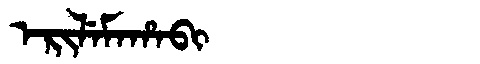
Manchu: ᡝᡵᡳᠯᡝᠮᠠᡥᠠᠪᡳ
Romanization: ERILEMAHABI